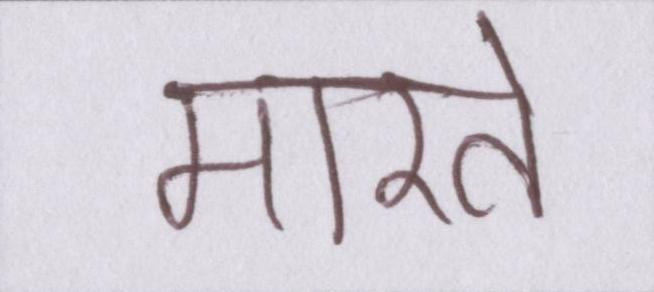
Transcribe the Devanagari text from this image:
मारते